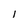
Character: l